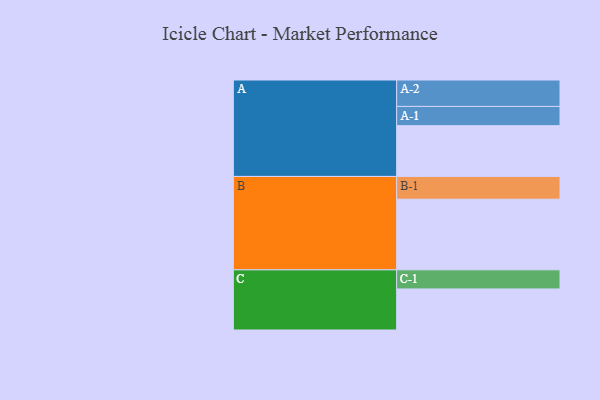
{"axis": {"x": "Segment", "y": "Value"}, "legend": ["", "A", "B", "C"], "data": [{"x": "A", "y": 417, "type": ""}, {"x": "B", "y": 580, "type": ""}, {"x": "C", "y": 337, "type": ""}, {"x": "A-1", "y": 158, "type": "A"}, {"x": "A-2", "y": 217, "type": "A"}, {"x": "B-1", "y": 187, "type": "B"}, {"x": "C-1", "y": 157, "type": "C"}]}